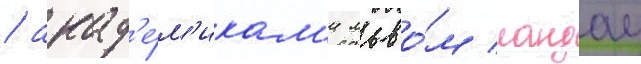
/ акад'е́м'икам'и льво́м ландау